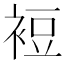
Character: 裋